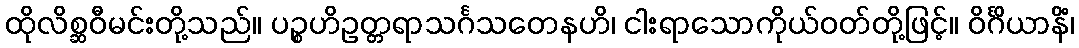
ထိုလိစ္ဆဝီမင်းတို့သည်။ ပဉ္စဟိဥတ္တရာသင်္ဂသတေနဟိ၊ ငါးရာသောကိုယ်ဝတ်တို့ဖြင့်။ ဝိင်္ဂိယာနိံ၊